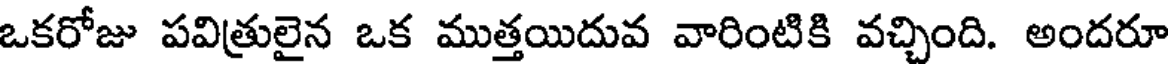
ఒకరోజు పవిత్రులైన ఒక ముత్తయిదువ వారింటికి వచ్చింది. అందరూ